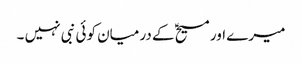
میرے اور مسیحؑ کے درمیان کوئی نبی نہیں ۔